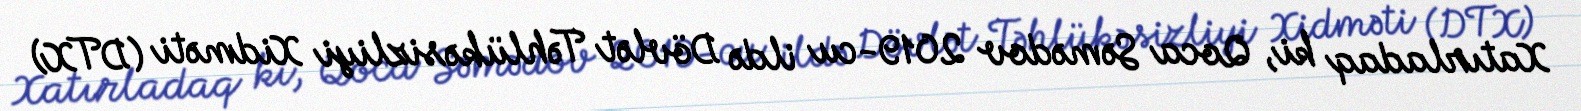
Xatırladaq ki, Qoca Səmədov 2019-cu ildə Dövlət Təhlükəsizliyi Xidməti (DTX)